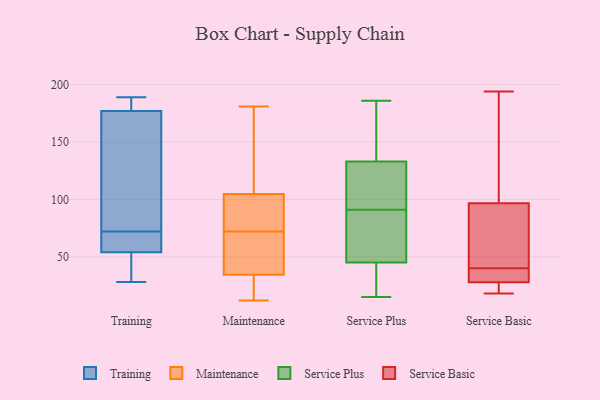
{"axis": {"x": "Production Output", "y": "Value"}, "legend": ["Maintenance", "Service Basic", "Service Plus", "Training"], "data": [{"x": "", "y": 54, "type": "Training"}, {"x": "", "y": 79, "type": "Training"}, {"x": "", "y": 149, "type": "Training"}, {"x": "", "y": 145, "type": "Training"}, {"x": "", "y": 189, "type": "Training"}, {"x": "", "y": 64, "type": "Training"}, {"x": "", "y": 178, "type": "Training"}, {"x": "", "y": 64, "type": "Training"}, {"x": "", "y": 177, "type": "Training"}, {"x": "", "y": 49, "type": "Training"}, {"x": "", "y": 34, "type": "Training"}, {"x": "", "y": 188, "type": "Training"}, {"x": "", "y": 65, "type": "Training"}, {"x": "", "y": 28, "type": "Training"}, {"x": "", "y": 12, "type": "Maintenance"}, {"x": "", "y": 164, "type": "Maintenance"}, {"x": "", "y": 116, "type": "Maintenance"}, {"x": "", "y": 181, "type": "Maintenance"}, {"x": "", "y": 91, "type": "Maintenance"}, {"x": "", "y": 63, "type": "Maintenance"}, {"x": "", "y": 82, "type": "Maintenance"}, {"x": "", "y": 37, "type": "Maintenance"}, {"x": "", "y": 72, "type": "Maintenance"}, {"x": "", "y": 101, "type": "Maintenance"}, {"x": "", "y": 46, "type": "Maintenance"}, {"x": "", "y": 24, "type": "Maintenance"}, {"x": "", "y": 26, "type": "Maintenance"}, {"x": "", "y": 15, "type": "Service Plus"}, {"x": "", "y": 151, "type": "Service Plus"}, {"x": "", "y": 23, "type": "Service Plus"}, {"x": "", "y": 186, "type": "Service Plus"}, {"x": "", "y": 141, "type": "Service Plus"}, {"x": "", "y": 130, "type": "Service Plus"}, {"x": "", "y": 65, "type": "Service Plus"}, {"x": "", "y": 57, "type": "Service Plus"}, {"x": "", "y": 136, "type": "Service Plus"}, {"x": "", "y": 76, "type": "Service Plus"}, {"x": "", "y": 33, "type": "Service Plus"}, {"x": "", "y": 106, "type": "Service Plus"}, {"x": "", "y": 69, "type": "Service Plus"}, {"x": "", "y": 106, "type": "Service Plus"}, {"x": "", "y": 20, "type": "Service Plus"}, {"x": "", "y": 121, "type": "Service Plus"}, {"x": "", "y": 19, "type": "Service Basic"}, {"x": "", "y": 37, "type": "Service Basic"}, {"x": "", "y": 87, "type": "Service Basic"}, {"x": "", "y": 30, "type": "Service Basic"}, {"x": "", "y": 22, "type": "Service Basic"}, {"x": "", "y": 72, "type": "Service Basic"}, {"x": "", "y": 56, "type": "Service Basic"}, {"x": "", "y": 194, "type": "Service Basic"}, {"x": "", "y": 136, "type": "Service Basic"}, {"x": "", "y": 40, "type": "Service Basic"}, {"x": "", "y": 18, "type": "Service Basic"}, {"x": "", "y": 100, "type": "Service Basic"}, {"x": "", "y": 27, "type": "Service Basic"}, {"x": "", "y": 34, "type": "Service Basic"}, {"x": "", "y": 179, "type": "Service Basic"}]}